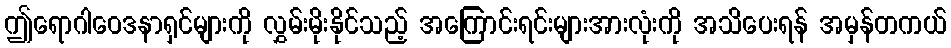
ဤရောဂါဝေဒနာရှင်များကို လွှမ်းမိုးနိုင်သည့် အကြောင်းရင်းများအားလုံးကို အသိပေးရန် အမှန်တကယ်